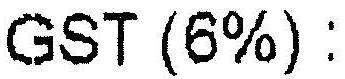
GST (6%) :